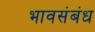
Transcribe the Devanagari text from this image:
भावसंबंध